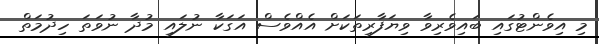
މި އިވެންޓުގައި ބައިވެރިވާ ވިޔަފާރިތަކަށް އެއްވެސް އަގަކާ ނުލައި މުދާ ނުވަތަ ހިދުމަތް